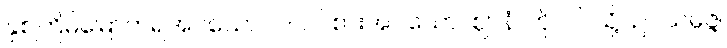
နှစ်ကြိမ်မြောက်ရအပ်သော။ ဝါ၊ ဝင်စားအပ်သော။ ဈာနံ၊ ကို။ ဝါ၊ သို့။ ဥပသမ္ပဇ္ဇ၊